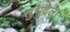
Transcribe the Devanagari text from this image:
सुभद्रेला